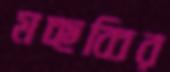
মচ্ছব্বির